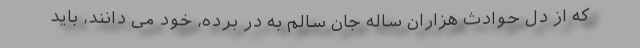
که از دل حوادث هزاران ساله جان سالم به در برده، خود می دانند، باید